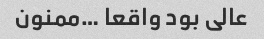
عالی بود واقعا …ممنون